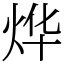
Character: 烨